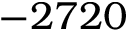
- 2 7 2 0